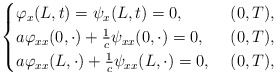
\begin{align*}\begin{cases}\varphi_x(L,t)=\psi_x(L,t)=0, & \,\, (0,T),\\ a\varphi_{xx}(0,\cdot)+\frac{1}{c}\psi_{xx}(0,\cdot)=0, & \,\, (0,T), \\ a\varphi_{xx}(L,\cdot)+\frac{1}{c}\psi_{xx}(L,\cdot)=0, & \,\, (0,T),\end{cases}\end{align*}